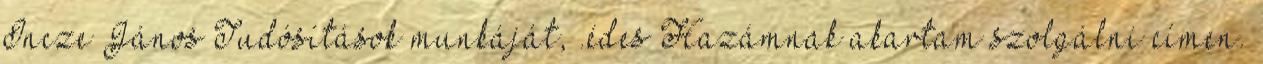
Incze János Tudósítások munkáját, .édes Hazámnak akartam szolgálni címen.